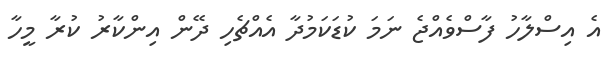
އެ އިސްލާހު ފާސްވެއްޖެ ނަމަ ކުޑަކަމުދާ އެއްޗެހި ދޭން އިންކާރު ކުރާ މީހާ